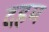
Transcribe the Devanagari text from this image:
दहम